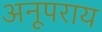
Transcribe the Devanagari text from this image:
अनूपराय